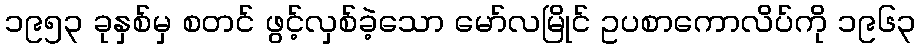
၁၉၅၃ ခုနှစ်မှ စတင် ဖွင့်လှစ်ခဲ့သော မော်လမြိုင် ဥပစာကောလိပ်ကို ၁၉၆၃